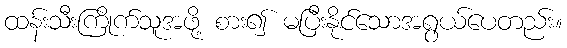
ထန်းသီးကြိုက်သူအဖို့ စား၍ မပြီးနိုင်သောအရွယ်ပေတည်း။